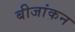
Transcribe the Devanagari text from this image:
बीजांकन